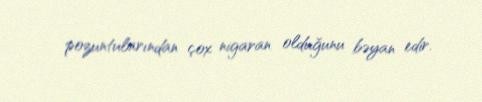
pozuntularından çox nigaran olduğunu bəyan edir.